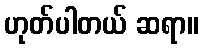
ဟုတ်ပါတယ် ဆရာ။